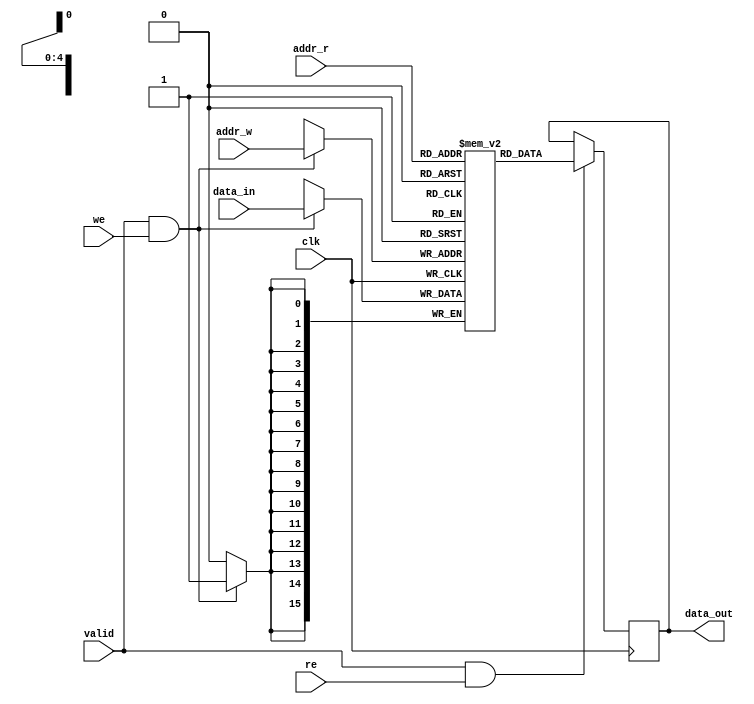
module simple_dualport_RAM
#(
    parameter BW = 16
)(
    input clk, valid, we, re,              // we: write enable, re: read enable
    input [4:0] addr_w, addr_r,            // address for read/write
    input [BW-1:0] data_in,
    output reg [BW-1:0] data_out
);
reg [BW-1:0] ram [0:31];

always @(posedge clk) begin
    if (valid && we) begin
        ram[addr_w] <= data_in;     
    end
end

always @(posedge clk) begin
    if (valid && re)
        data_out <= ram[addr_r];
end

endmodule